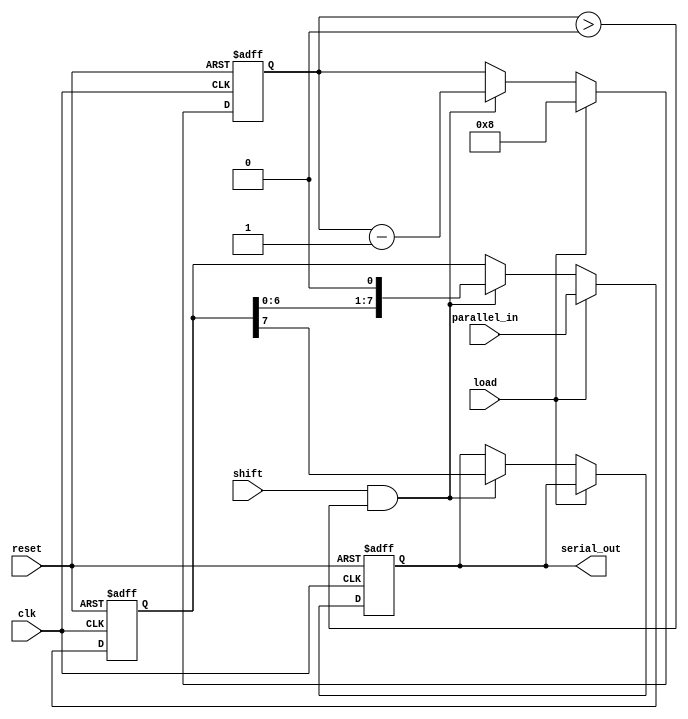
module piso_register #(
    parameter N = 8,            // Configurable width of the register
    parameter MSB_FIRST = 1     // Configurable bit order (1 for MSB first, 0 for LSB first)
)(
    input wire clk,             // Clock signal
    input wire reset,           // Asynchronous reset
    input wire load,            // Load control signal
    input wire shift,           // Shift control signal
    input wire [N-1:0] parallel_in, // Parallel input data
    output reg serial_out       // Serial output data
);

    reg [N-1:0] shift_reg;      // Shift register to hold the data
    reg [3:0] bit_count;        // Counter for the number of bits shifted out

    always @(posedge clk or posedge reset) begin
        if (reset) begin
            shift_reg <= {N{1'b0}}; // Clear the shift register
            serial_out <= 1'b0;     // Clear the serial output
            bit_count <= 0;          // Reset bit counter
        end else begin
            if (load) begin
                shift_reg <= parallel_in; // Load data into the shift register
                bit_count <= N;            // Set bit count to N
            end else if (shift && bit_count > 0) begin
                // Shift out the data based on MSB_FIRST parameter
                if (MSB_FIRST) begin
                    serial_out <= shift_reg[N-1]; // Output MSB
                    shift_reg <= shift_reg << 1;  // Shift left
                end else begin
                    serial_out <= shift_reg[0];   // Output LSB
                    shift_reg <= {1'b0, shift_reg[N-1:1]}; // Shift right
                end
                bit_count <= bit_count - 1; // Decrement bit count
            end
        end
    end

endmodule